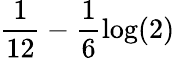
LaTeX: \frac 1{12}-\frac{1}{6}\log(2)